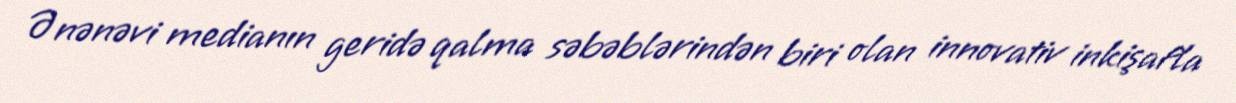
Ənənəvi medianın geridə qalma səbəblərindən biri olan innovativ inkişafla